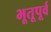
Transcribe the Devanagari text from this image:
भूतूपूर्व